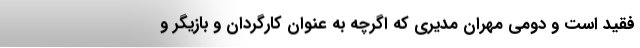
فقید است و دومی مهران مدیری که اگرچه به عنوان کارگردان و بازیگر و